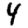
Digit: 4